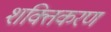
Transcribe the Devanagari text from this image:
शक्तिकरण